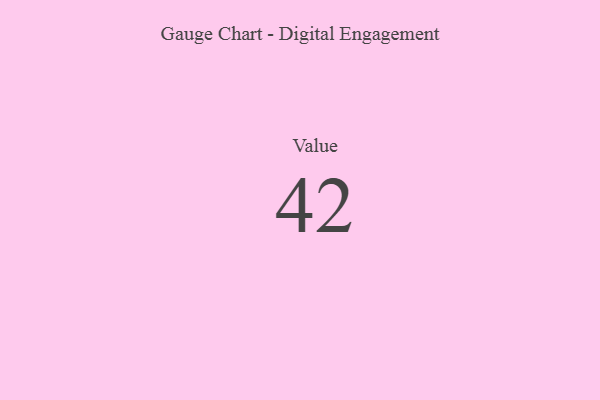
{"axis": {"x": "Metric", "y": "Value"}, "legend": [""], "data": [{"x": "Value", "y": 42, "type": ""}]}